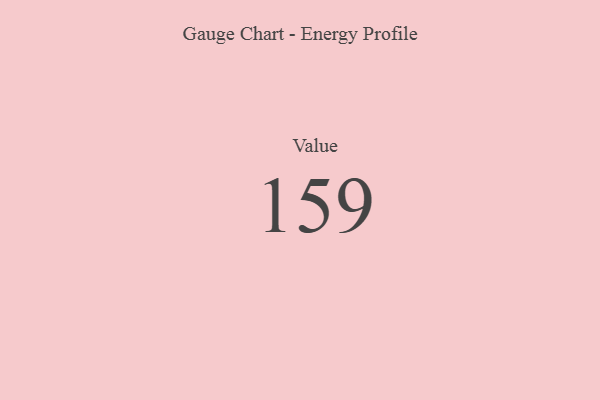
{"axis": {"x": "Metric", "y": "Value"}, "legend": [""], "data": [{"x": "Value", "y": 159, "type": ""}]}